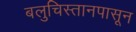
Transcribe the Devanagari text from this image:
बलुचिस्तानपासून